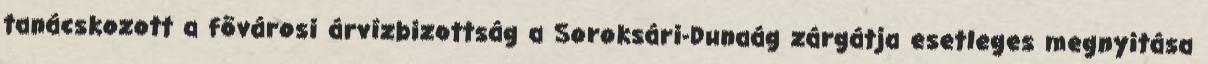
tanácskozott a fõvárosi árvízbizottság a Soroksári-Dunaág zárgátja esetleges megnyitása